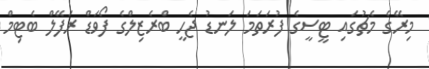
މިރޭގެ މެޗުގައި ޓީސީގެ ފުރަތަމަ ލަނޑު ޖެހީ ބްރެޒިލްގެ ފޯވަޑް ރަފޭލް ބެޓިމް